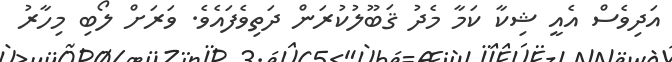
އަދިވެސް އެއީ ޝިކާ ކަމާ މެދު ޤަބޫލުކުރަން ދަތިވެފައެވެ. ވަރަށް ލޯބި މިހާރު